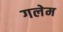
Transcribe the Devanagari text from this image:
गलेम